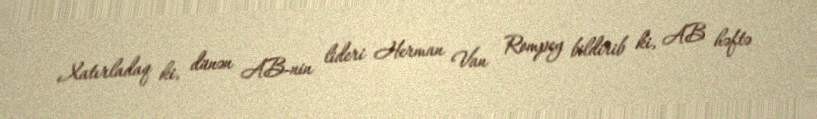
Xatırladaq ki, dünən AB-nin lideri Herman Van Rompey bildirib ki, AB həftə